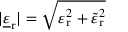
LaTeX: | { \underline { { \varepsilon } } } _ { \mathrm { r } } | = { \sqrt { \varepsilon _ { \mathrm { r } } ^ { 2 } + { \tilde { \varepsilon } } _ { \mathrm { r } } ^ { 2 } } }